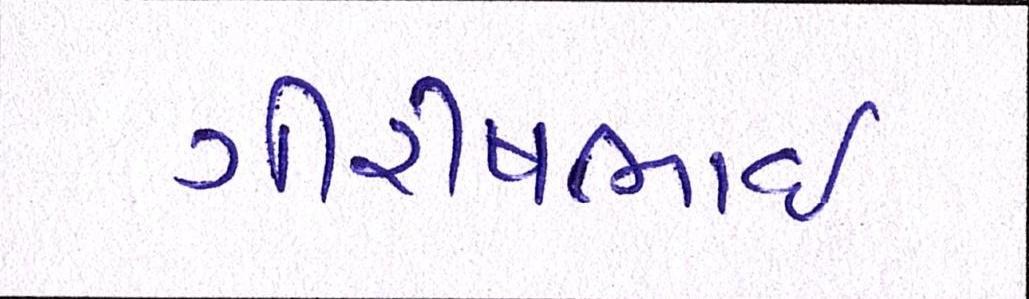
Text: ગીરીષભાઈ